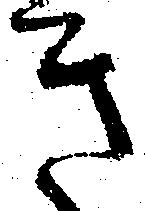
き